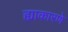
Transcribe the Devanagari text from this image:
ह्याकारणे